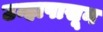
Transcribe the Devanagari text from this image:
उन्हापासून